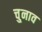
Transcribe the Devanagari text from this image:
चु्नाव